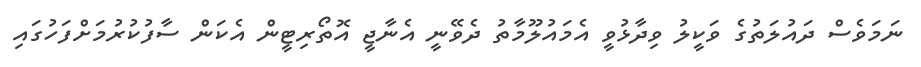
ނަމަވެސް ދައުލަތުގެ ވަކީލު ވިދާޅުވީ އެމައުލޫމާތު ދެވޭނީ އެނާޖީ އޮތޯރިޓީން އެކަން ސާފުކުރުމަށްފަހުގައި